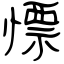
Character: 慓